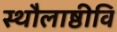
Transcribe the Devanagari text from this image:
स्थौलाष्ठीवि